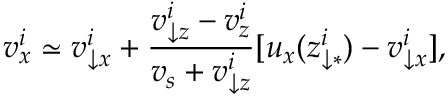
v _ { x } ^ { i } \simeq v _ { \downarrow x } ^ { i } + \frac { v _ { \downarrow z } ^ { i } - v _ { z } ^ { i } } { v _ { s } + v _ { \downarrow z } ^ { i } } [ u _ { x } ( z _ { \downarrow \ast } ^ { i } ) - v _ { \downarrow x } ^ { i } ] ,